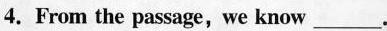
4. From the passage,we know___.